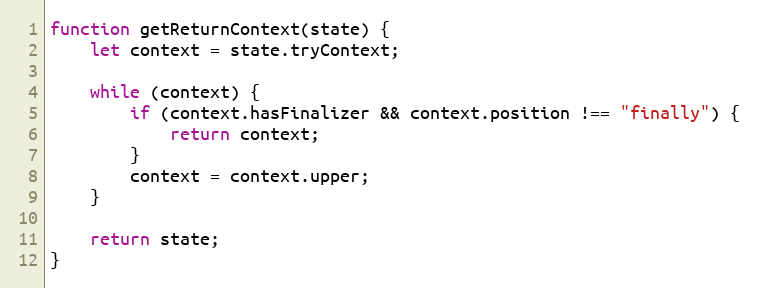
Language: JavaScript
function getReturnContext(state) {
    let context = state.tryContext;

    while (context) {
        if (context.hasFinalizer && context.position !== "finally") {
            return context;
        }
        context = context.upper;
    }

    return state;
}